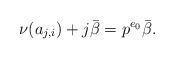
LaTeX: \begin{align*}\nu(a_{j,i})+j\bar\beta=p^{e_0}\bar\beta.\end{align*}